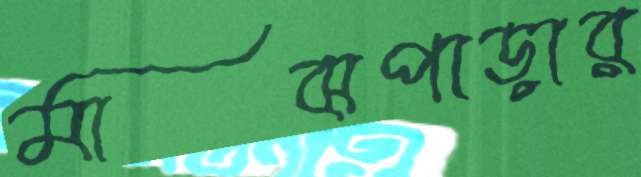
মাঝপাড়ার